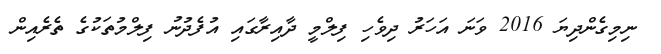
ނިމިގެންދިޔަ 2016 ވަނަ އަހަރު ދިވެހި ފިލްމީ ދާއިރާގައި އުފެދުނު ފިލްމުތަކުގެ ތެރެއިން